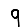
Digit: 9